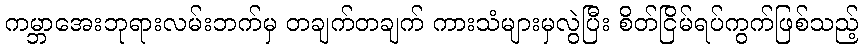
ကမ္ဘာအေးဘုရားလမ်းဘက်မှ တချက်တချက် ကားသံများမှလွဲပြီး စိတ်ငြိမ်ရပ်ကွက်ဖြစ်သည့်